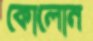
কোলোন